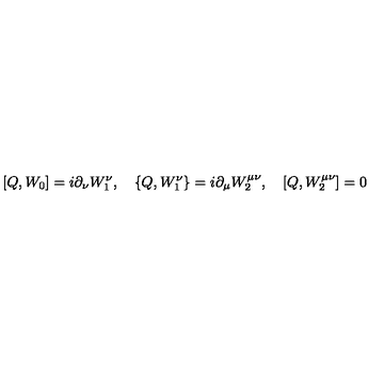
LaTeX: \lbrack Q , W _ { 0 } ] = i \partial _ { \nu } W _ { 1 } ^ { \nu } , \quad \{ Q , W _ { 1 } ^ { \nu } \} = i \partial _ { \mu } W _ { 2 } ^ { \mu \nu } , \quad \lbrack Q , W _ { 2 } ^ { \mu \nu } ] = 0 \nonumber